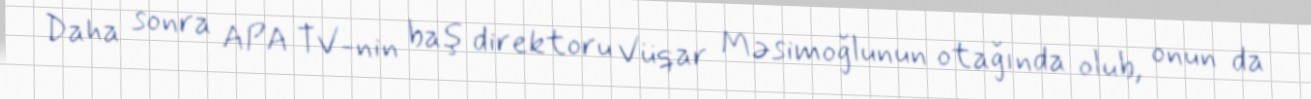
Daha sonra APA TV-nin baş direktoru Vüqar Məsimoğlunun otağında olub, onun da